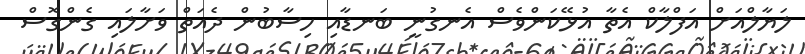
ލަޔާލްއަށް އަފްލާކް އެތާ އުޅޭކަންވެސް އެނގުނީ ބަނޑާއި ހިސާބުން ދެއަތް ވަށާލައި ގެންގޮސް